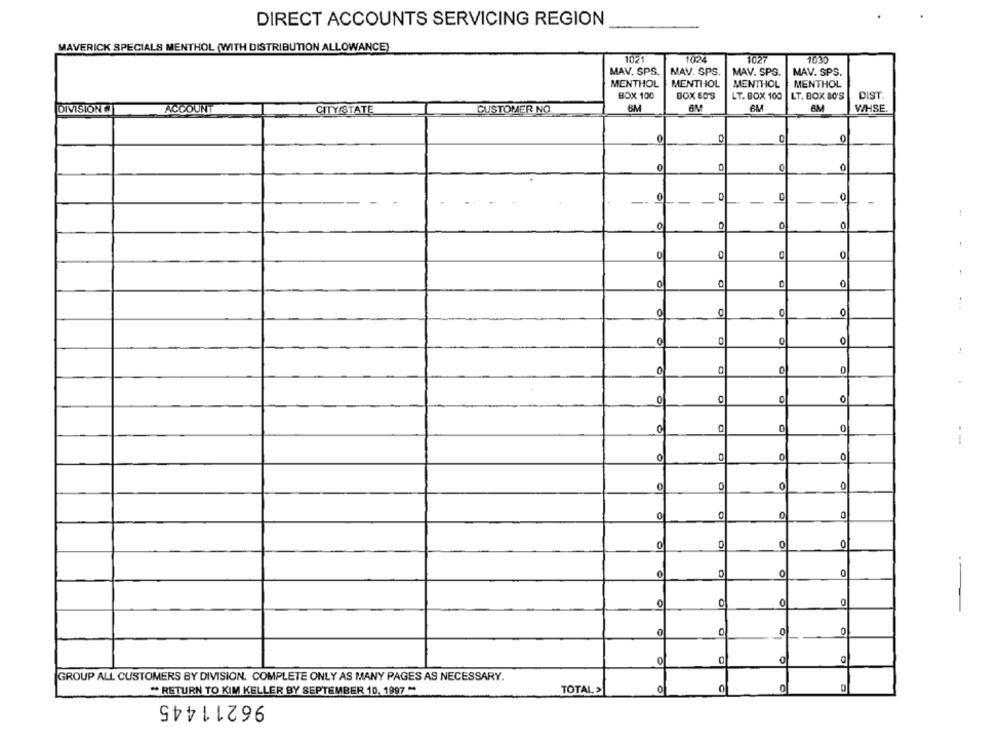
DIRECT ACCOUNTS SERVICING REGION
MAVERICK SPECIALS MENTHOL (WITH DISTRIBUTION ALLOWANCE)
1021
1027
1030
MAV. SPS.
MAV. SPS.
MAV. SPS.
MAV. SPS.
MENTHOL
MENTHOL
MENTHOL
MENTHOL
BOX 100
BOX 50'3
LT. BOX 100
LT. BOX 80'S
DIST.
DIVISIONE
ACCOUNT
CITY/STATE
CUSTOMER NO
6M
6M
6M
WHSE.
C
0
0
0
0
0
-
-
--
-
-
-
-
0
O
0
0
0
0
0
--
0
0
0
0
0
0
0
0
0
0
0
0
0
0
0
0
O
0
0
GROUP ALL CUSTOMERS BY DIVISION. COMPLETE ONLY AS MANY PAGES AS NECESSARY.
** RETURN TO KIM KELLER BY SEPTEMBER 10, 1997 **
TOTAL >
0
C
0
96211445